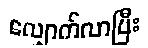
လျှောက်လာပြီး